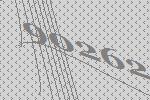
90262